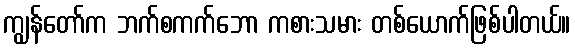
ကျွန်တော်က ဘက်စကက်ဘော ကစားသမား တစ်ယောက်ဖြစ်ပါတယ်။